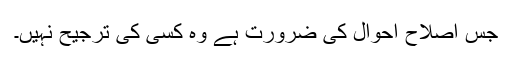
جس اصلاح احوال کی ضرورت ہے وہ کسی کی ترجیح نہیں۔